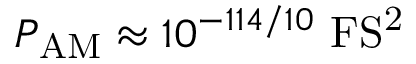
P _ { \mathrm { A M } } \approx 1 0 ^ { - 1 1 4 / 1 0 } ~ \mathrm { F S ^ { 2 } }